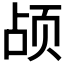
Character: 𬱗